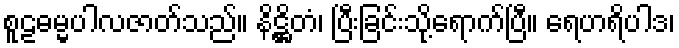
စူဠဓမ္မပါလဇာတ်သည်။ နိဋ္ဌိတံ၊ ပြီးခြင်းသို့ရောက်ပြီ။ ရေဟရိပါဒ၊